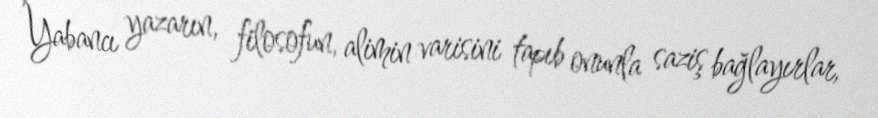
Yabancı yazarın, filosofun, alimin varisini tapıb onunla saziş bağlayırlar,